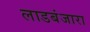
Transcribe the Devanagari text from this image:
लाडबंजारा